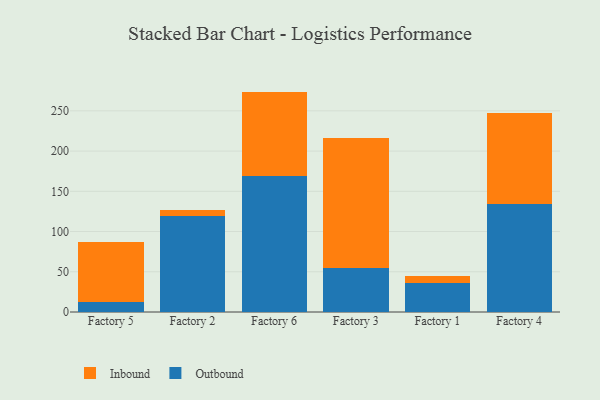
{"axis": {"x": "Factory", "y": "Market Share (%)"}, "legend": ["Inbound", "Outbound"], "data": [{"x": "Factory 5", "y": 12.4, "type": "Outbound"}, {"x": "Factory 5", "y": 74.3, "type": "Inbound"}, {"x": "Factory 2", "y": 119.3, "type": "Outbound"}, {"x": "Factory 2", "y": 7.2, "type": "Inbound"}, {"x": "Factory 6", "y": 169.2, "type": "Outbound"}, {"x": "Factory 6", "y": 104.7, "type": "Inbound"}, {"x": "Factory 3", "y": 55.1, "type": "Outbound"}, {"x": "Factory 3", "y": 161.5, "type": "Inbound"}, {"x": "Factory 1", "y": 36.5, "type": "Outbound"}, {"x": "Factory 1", "y": 8.3, "type": "Inbound"}, {"x": "Factory 4", "y": 134.6, "type": "Outbound"}, {"x": "Factory 4", "y": 112.3, "type": "Inbound"}]}